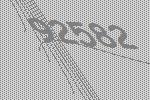
92582